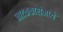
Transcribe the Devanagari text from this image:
नाटककारांमध्ये